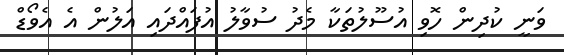
ވަނީ ކުދިން ހޮވި އުސޫލުތަކާ މެދު ސުވާލު އުފައްދައި އަލުން އެ އެވޯޑް